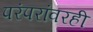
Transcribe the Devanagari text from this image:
परंपरांवरही